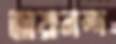
জয়ানন্দ